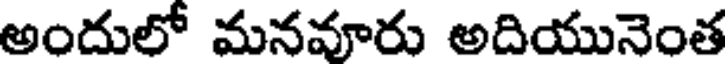
అందులో మనవూరు అదియునెంత